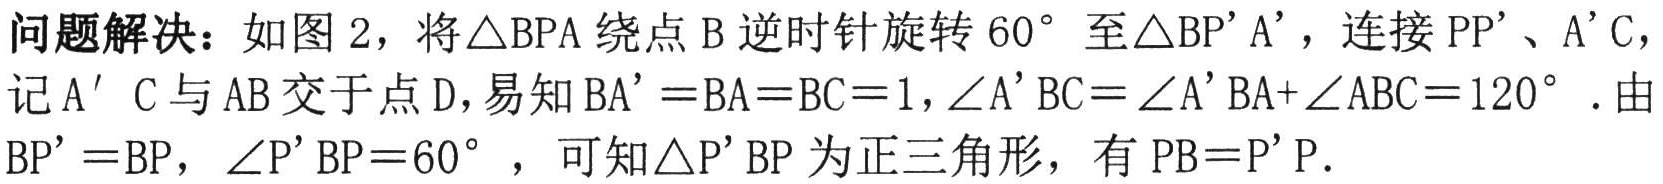
问题解决：如图2，将\(\triangle BPA\)绕点\(B\)逆时针旋转\(60^{\circ}\)至\(\triangle BP'A'\)，连接\(PP'\)、\(A'C\)，记\(A’C\)与\(AB\)交于点\(D\)，易知\(BA' =BA=BC = 1\)，\(\angle A'BC=\angle A'BA+\angle ABC = 120^{\circ}\). 由\(BP' = BP\)，\(\angle P'BP = 60^{\circ}\)，可知\(\triangle P'BP\)为正三角形，有\(PB = P'P\).